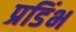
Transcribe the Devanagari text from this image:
प्रडिंभ